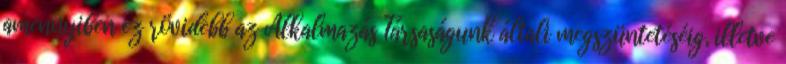
amennyiben ez rövidebb az Alkalmazás Társaságunk általi megszüntetéséig, illetve